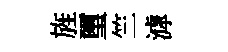
旌璽竺滹